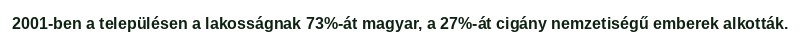
2001-ben a településen a lakosságnak 73%-át magyar, a 27%-át cigány nemzetiségű emberek alkották.